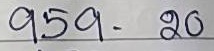
959 - 20